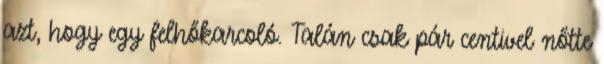
azt, hogy egy felhőkarcoló. Talán csak pár centivel nőtte